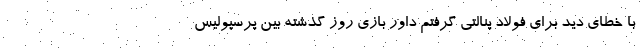
با خطای دید برای فولاد پنالتی گرفتم داور بازی روز گذشته بین پرسپولیس